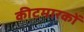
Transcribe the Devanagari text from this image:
कीटमारकों